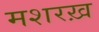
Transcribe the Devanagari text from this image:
मशरख़